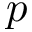
p